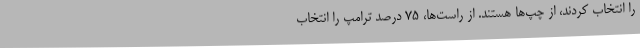
را انتخاب کردند، از چپ‌ها هستند. از راست‌ها، 75 درصد ترامپ را انتخاب